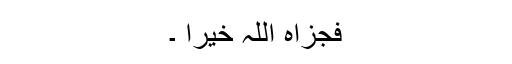
فجزاہ اللہ خیرا ۔